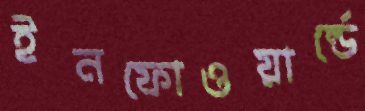
ইনফোওয়ার্ল্ডে